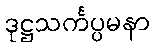
ဒုဋ္ဌသင်္ကပ္ပမနာ